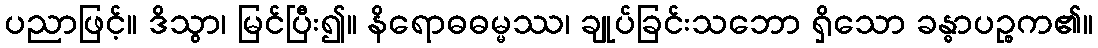
ပညာဖြင့်။ ဒိသွာ၊ မြင်ပြီး၍။ နိရောဓဓမ္မဿ၊ ချုပ်ခြင်းသဘော ရှိသော ခန္ဓာပဉ္စက၏။